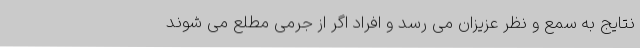
نتایج به سمع و نظر عزیزان می رسد و افراد اگر از جرمی مطلع می شوند